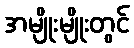
အမျိုးမျိုးတွင်